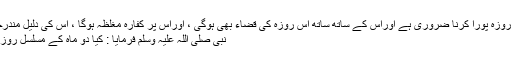
اوراسے اس دن کا روزہ پورا کرنا ضروری ہے اوراس کے ساتھ ساتھ اس روزہ کی قضاء بھی ہوگی ، اوراس پر کفارہ مغلظہ ہوگا ، اس کی دلیل مندرجہ ذيل حدیث ہے :
نبی صلی اللہ علیہ وسلم فرمایا : کیا دو ماہ کے مسلسل روزے رکھ سکتےہو ؟